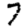
Digit: 7